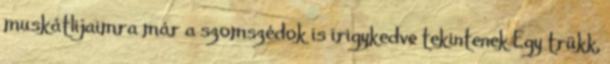
muskátlijaimra már a szomszédok is irigykedve tekintenek Egy trükk,